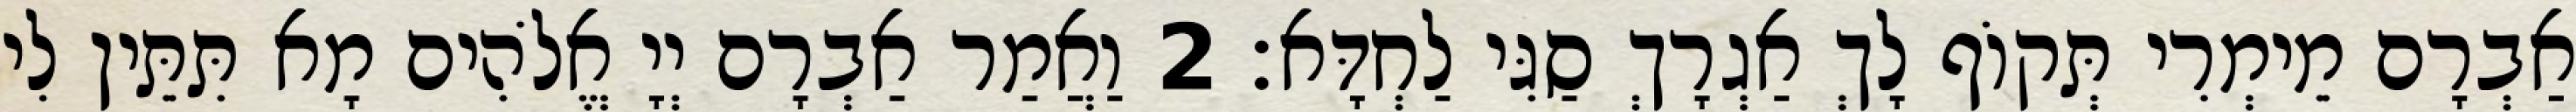
אַבְרָם מֵימְרִי תְּקוֹף לָךְ אַגְרָךְ סַגִּי לַחְדָּא׃ 2 וַאֲמַר אַבְרָם יְיָ אֱלֹהִים מָא תִּתֵּין לִי